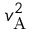
v _ { \mathrm { A } } ^ { 2 }